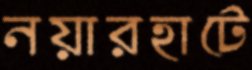
নয়ারহাটে